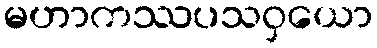
မဟာကဿပသဝှယော